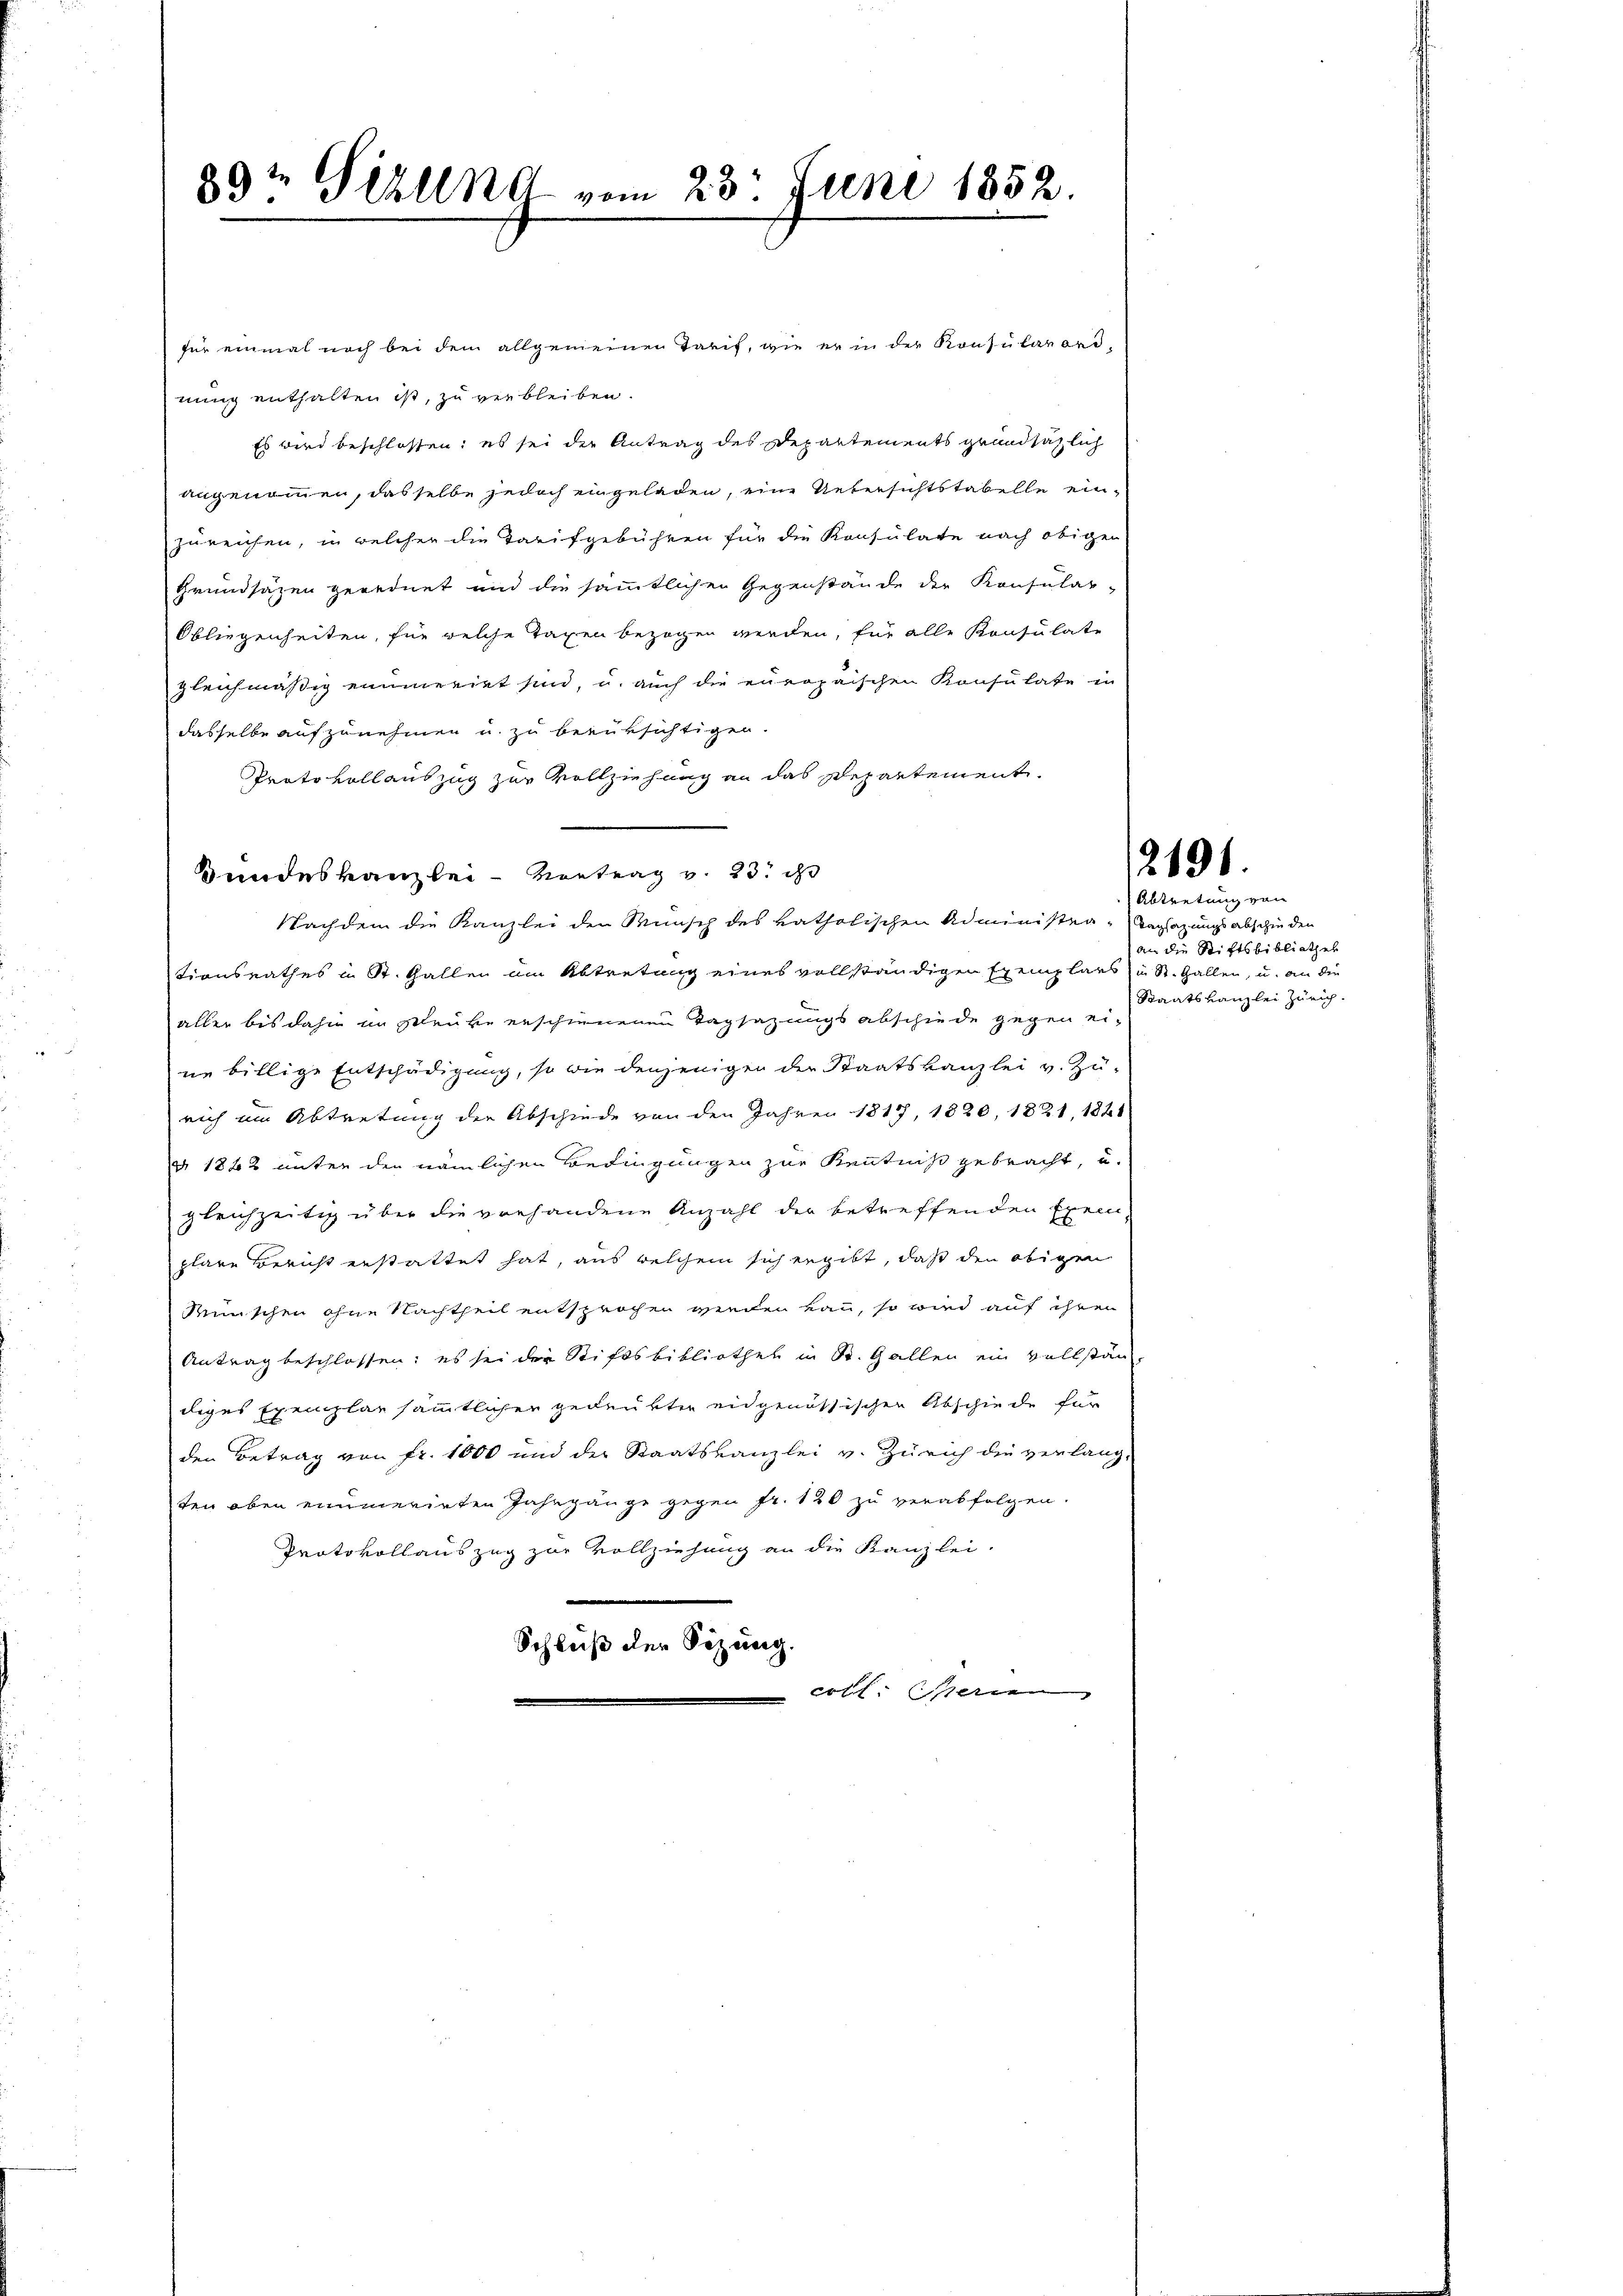
89t Sizung vom 23. Juni 1852.

für einmal noch bei dem allgemeinen Tarif, wie er in der Konsularord-
nung enthalten ist, zu verbleiben.
Es wird beschlossen; es sei der Antrag des Departements grundsätzlich
angenommen, dasselbe jedoch eingeladen, eine Uebersichtstabelle einzureichen, in welcher die Tarifgebühren für die Konsulate nach obigen
Grundsätzen geordnet und die sämmtlichen Gegenstände der Konsular-
Obliegenheiten, für welche Tagen bezogen werden, für alle Konsulate
gleichmässig eimeriet sind, u. auch die europaischen Konsulate in
dasselbe aufzunehmen u. zu berüksichtigen.
Protokoll auszug zur Vollziehung an das Repartement.
Bundeskanzlei- Vortrag v. 23. d
Nachdem die Kanzlei den Munsch des katholischen Administer Tagsazungsabschieden
tionsrathes u St. Gallen am Abtretung eines vollständigen Exemplars) u. St. Gallen, u. an die
aller bis dahin im Pleüte erschienenen Tagsazungsabschiede gegen ei-
ne billige Entschädigung, so wie denjeniger der Staatskanzlei v. Zurich am Abtretung der Abschiede von den Jahren 1817, 1820, 1821, 1821
§ 1862 unter den nämlichen Bedingungen zur Kenntniß gebracht, u.
gleichzeitig über die vorhandene Anzahl der betreffenden Exemplare Bericht erstattet hat, aus welchem sich ergibt, daß den obigen
Remischen ohne Nachtheil entsprochen werden kann, so wird auf ihren
Antrag beschlossen; es sei der Stiftsbibliothek in St. Gallen ein vollstän-
diges Exemplar sämmtlichen gedenkte eidgenössischen Abschiede für
den Betrag von Fr. 1000 und der Staatskanzlei v. Zürich die verlang-
ten oben einmerirten Jahrgänge gegen fr. 120 zu verabfolgen.
Protokollauszug zur Vollziehung an die Kanzlei-
Schluß der Sitzung.
coll steten

2191.

Abtretung von
an die Stiftsbibliothek
Staatskanzlei Zürich.